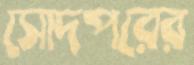
সোদপরের